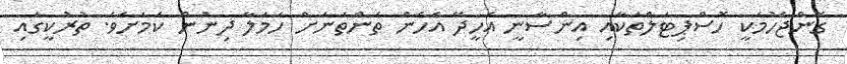
ގޮންޖެހުމަކީ ހޮސްޕިޓަލްތަކާއި އިންސާނީ އެހީދޭ އެހެން ތަންތަަނަށް ހަމަލާ ދިނުން ކަމަށެވެ. ތުރުކީގައި